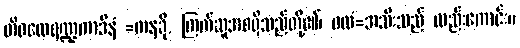
တိဖလေရဏ္ဍကာဒီနံ =ကနခို, ကြက်ဆူအစရှိသည်တို့၏၊ ဖလံ=အသီးသည် လည်းကောင်း။